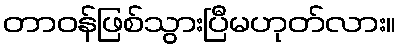
တာဝန်ဖြစ်သွားပြီမဟုတ်လား။